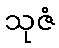
သုဇံ